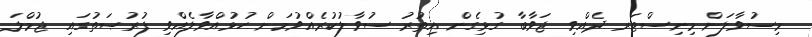
މިސުވާލަށް މިނިސްޓަރ ދެއްވި ޖަވާބާ ގުޅިގެން އިތުރު ސުވާލުކުރެއްވުމަށް ހުޅުއްވާލެއްވި ފުރުޞަތުގައި ޖުމްލަ